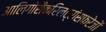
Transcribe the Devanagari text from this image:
आलिगोसैकरिलट्रांसफरेजों